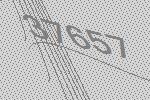
37657